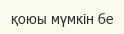
қоюы мүмкін бе